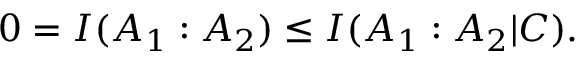
\begin{array} { r } { 0 = I ( A _ { 1 } : A _ { 2 } ) \leq I ( A _ { 1 } : A _ { 2 } | C ) . } \end{array}